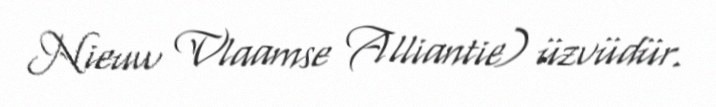
Nieuw Vlaamse Alliantie) üzvüdür.